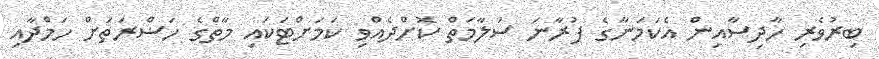
ބިރުވެރި ހާދިސާއިން އެކަމަނާގެ ފުރާނަ ސަލާމަތް ކޮށްދެއްވި ކަމަށްޓަކައި މާތްގެ ހަޟްރަތަށް ހަމްދާއި